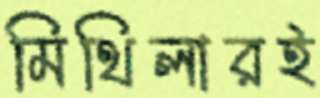
মিথিলারই